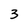
Character: 3